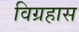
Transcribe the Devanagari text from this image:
विग्रहास